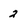
Character: 2